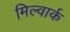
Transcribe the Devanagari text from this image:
मिल्वार्क